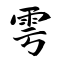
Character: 雩